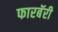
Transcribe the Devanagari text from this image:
फारबॅरी